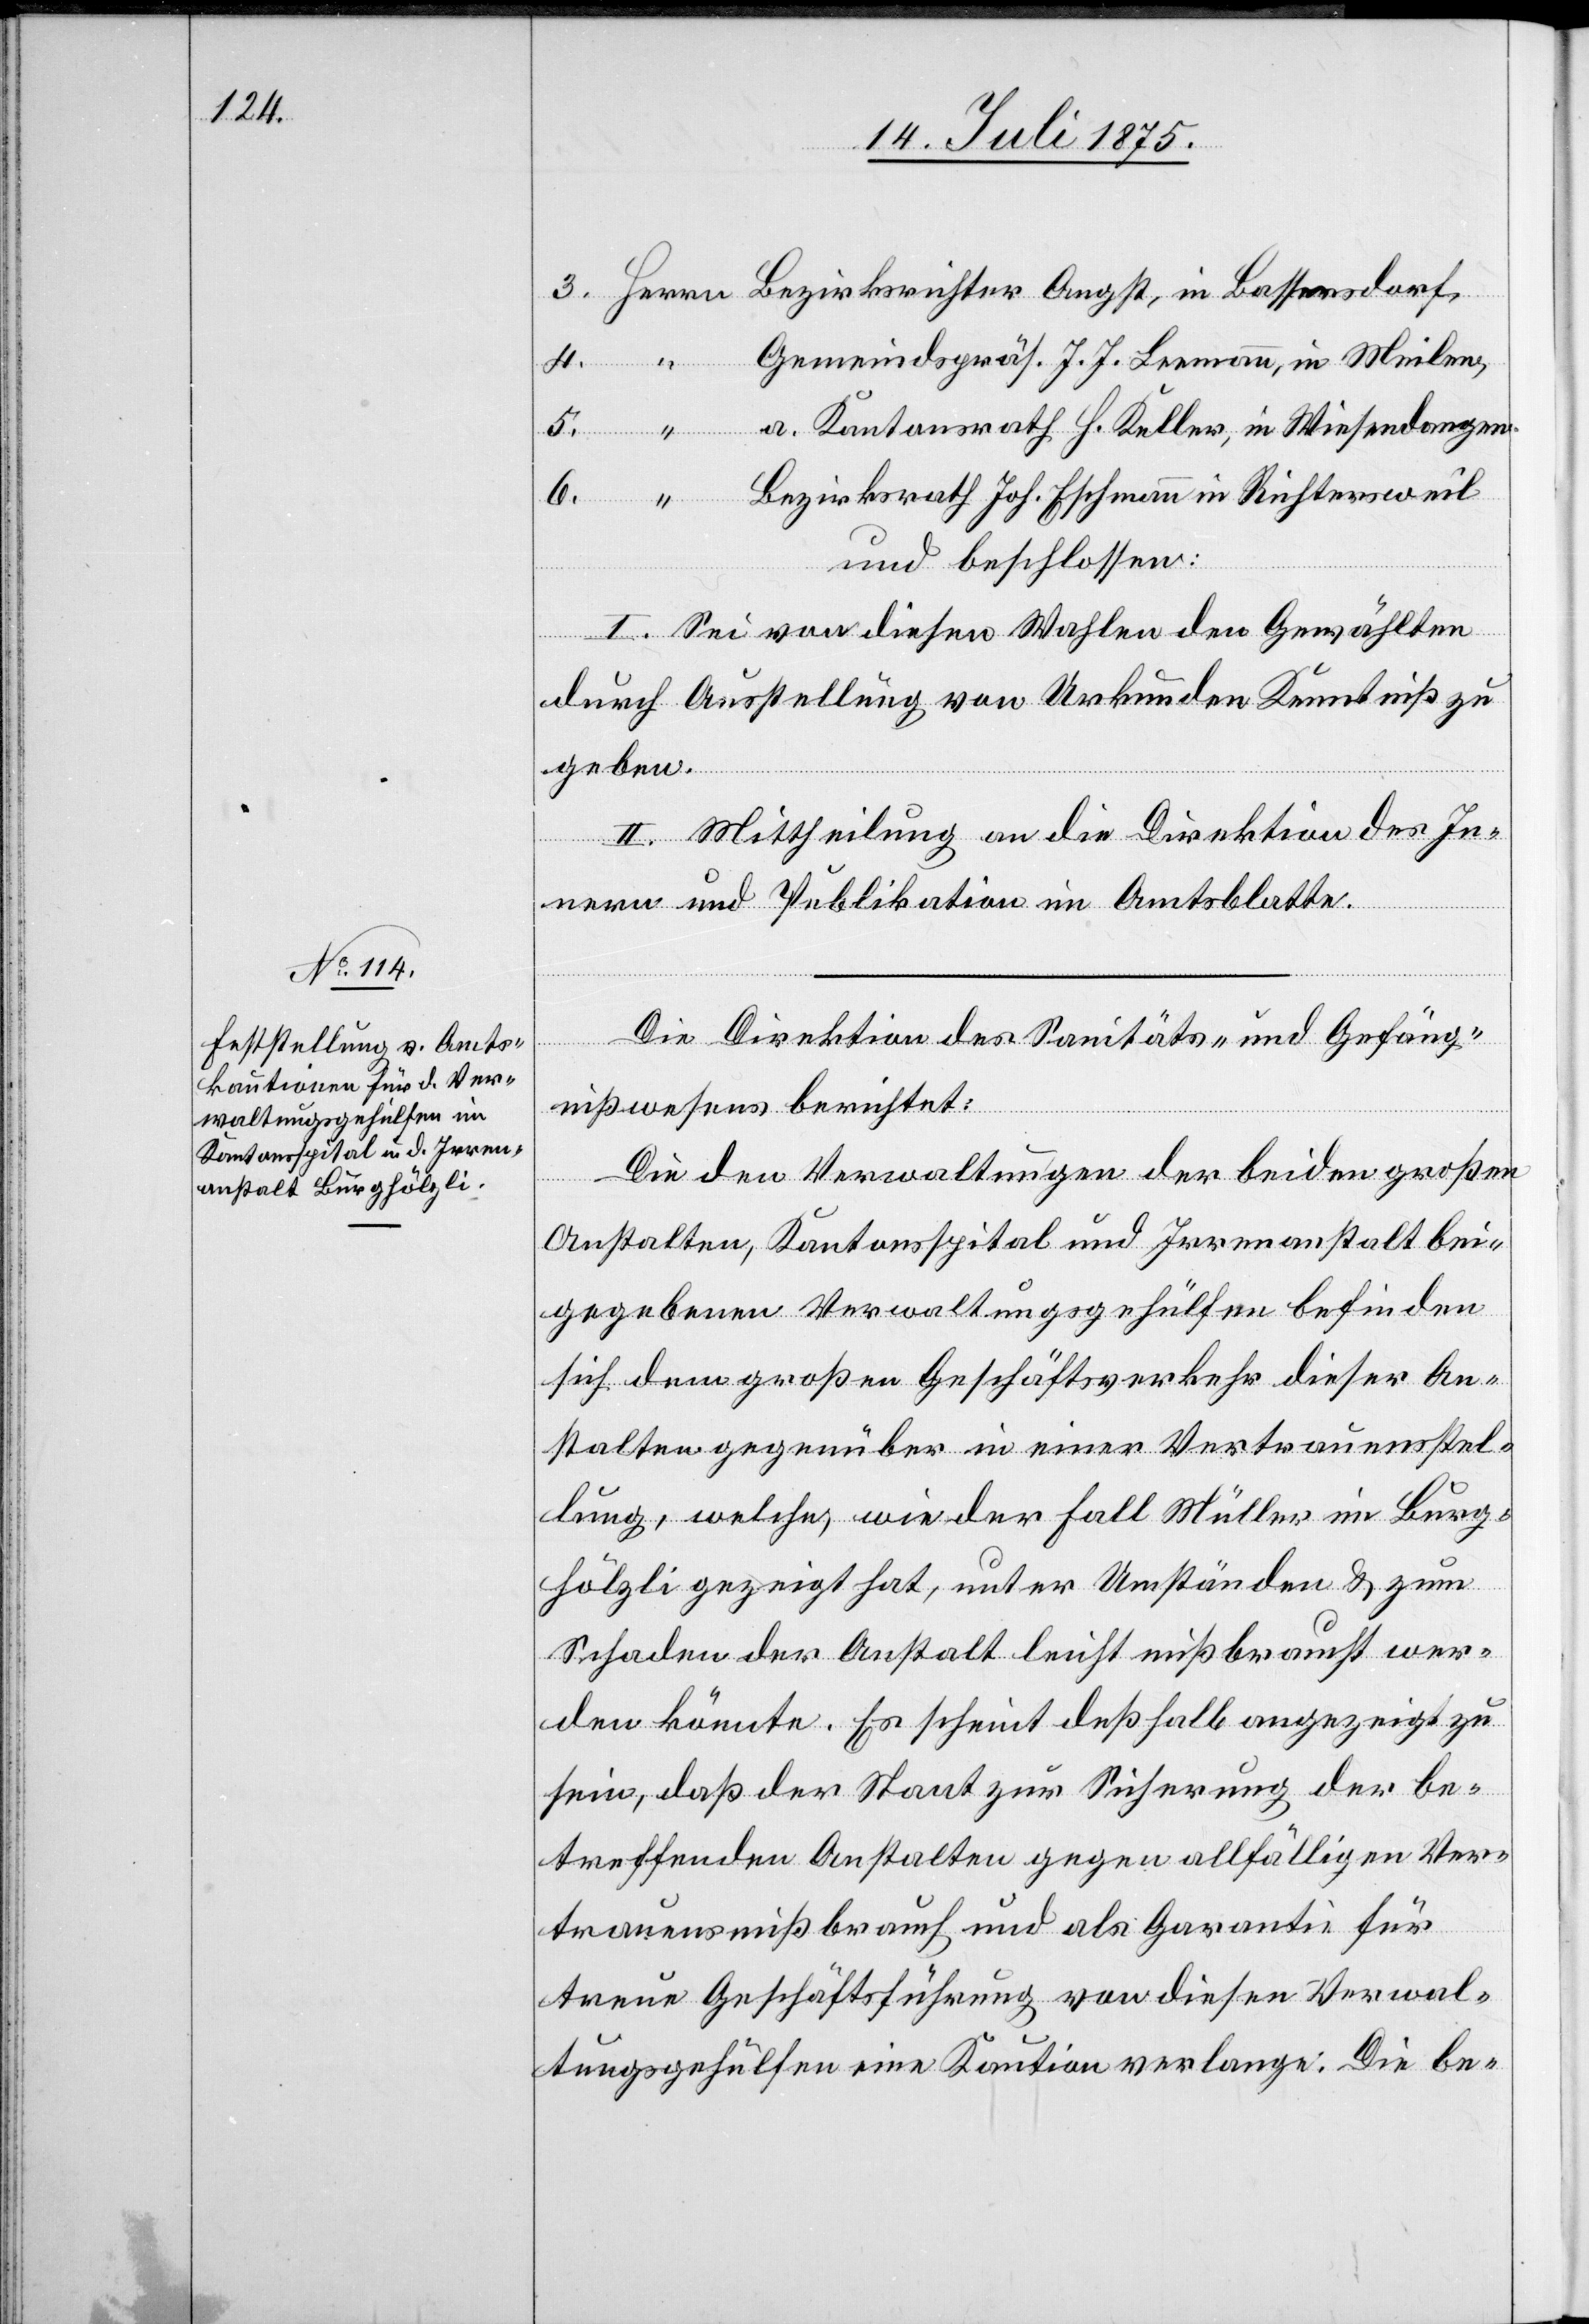
Gemeindspräs. J. J. Leemann, in Meilen,
a. Kantonsrath H. Keller, in Wiesendangen.
Bezirksrath Joh. Eschmann in Richtersweil
und beschlossen:
I. Sei von diesen Wahlen den Gewählten
durch Ausstellung von Urkunden Kenntniß zu
geben.
II. Mittheilung an die Direktion des In¬
nern und Publikation im Amtsblatte.
in
Die Direktion des Sanitäts- und Gefäng¬
nißwesens berichtet:
Die den Verwaltungen der beiden großen
Anstalten, Kantonsspital und Irrenanstalt bei¬
gegebenen Verwaltungsgehülfen befinden
sich dem großen Geschäftsverkehr dieser An¬
stalten gegenüber in einer Vertrauensstel¬
lung, welche, wie der Fall Müller im Burg¬
hölzli gezeigt hat, unter Umständen & zum
Schaden der Anstalt leicht mißbraucht wer¬
den könnte. Es scheint deßhalb angezeigt zu
sein, daß der Staat zur Sicherung der be¬
treffenden Anstalten gegen allfälligen Ver¬
trauensmißbrauch und als Garantie für
treue Geschäftsführung von diesen Verwal¬
tungsgehülfen eine Kaution verlange. Die be-